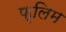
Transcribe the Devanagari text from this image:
फ्लिम